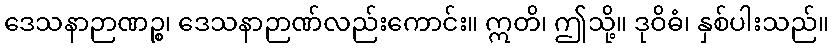
ဒေသနာဉာဏဉ္စ၊ ဒေသနာဉာဏ်လည်းကောင်း။ ဣတိ၊ ဤသို့။ ဒုဝိဓံ၊ နှစ်ပါးသည်။